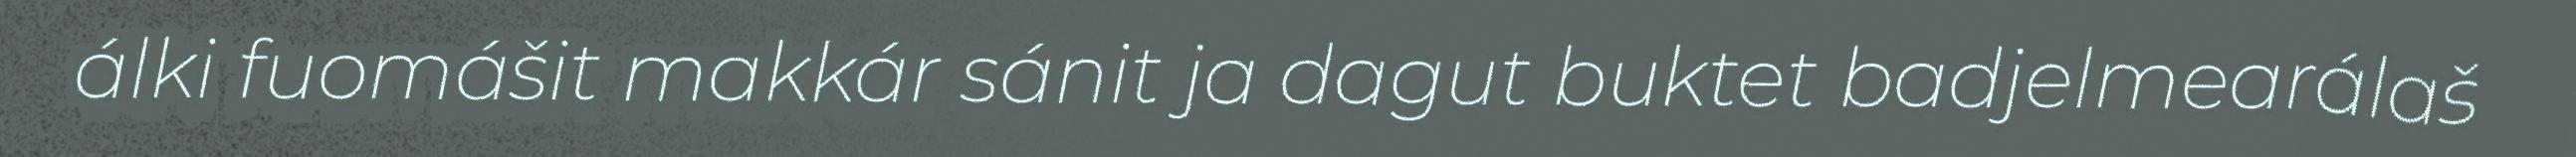
álki fuomášit makkár sánit ja dagut buktet badjelmearálaš